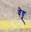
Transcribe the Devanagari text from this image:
वेधू